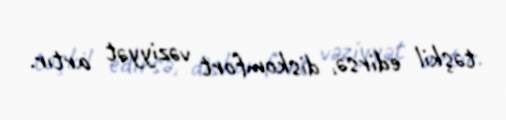
təşkil edirsə, diskomfort vəziyyət artır.